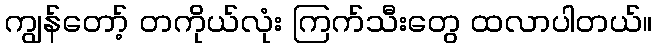
ကျွန်တော့် တကိုယ်လုံး ကြက်သီးတွေ ထလာပါတယ်။